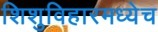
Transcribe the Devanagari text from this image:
शिशुविहारमध्येच